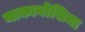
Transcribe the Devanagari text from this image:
नाकानोशिमा